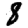
Digit: 8